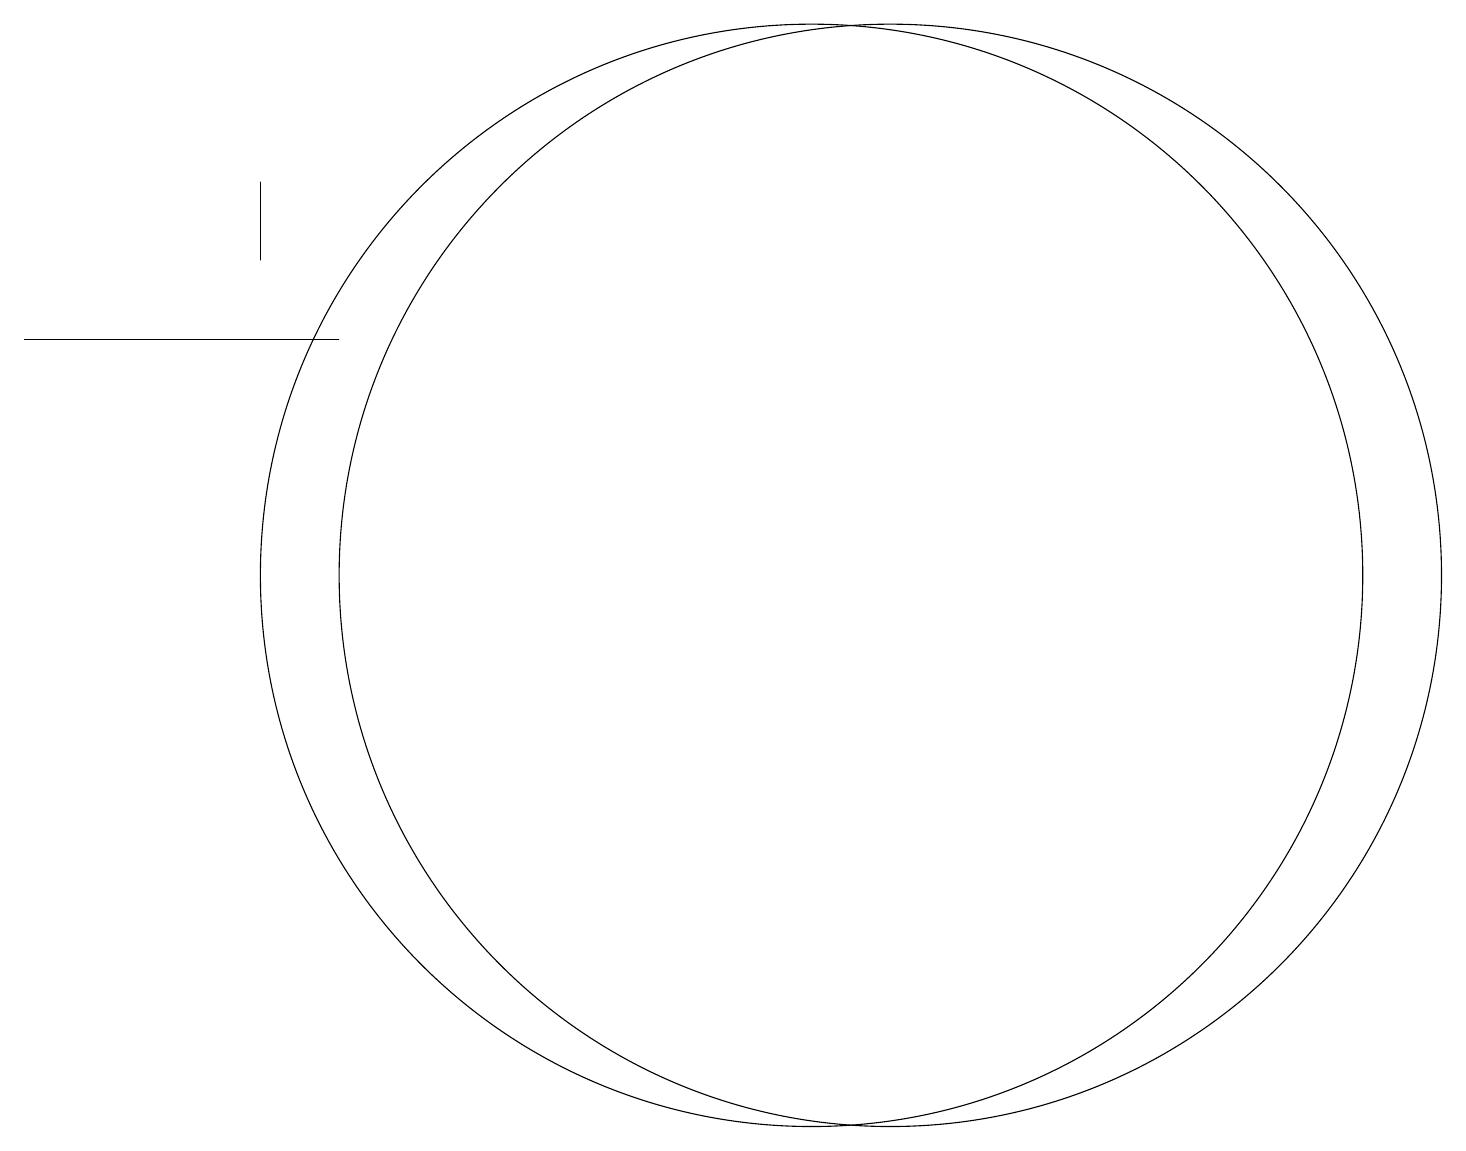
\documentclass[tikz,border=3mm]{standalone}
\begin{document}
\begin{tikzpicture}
\draw (3,15) rectangle (3,14);
\draw (0,13) rectangle (4,13);
\draw (11,10) circle (7);
\draw (10,10) circle (7);
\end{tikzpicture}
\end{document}